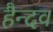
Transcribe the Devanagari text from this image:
हैन्दव